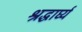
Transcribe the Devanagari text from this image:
श्रद्धार्घ्य